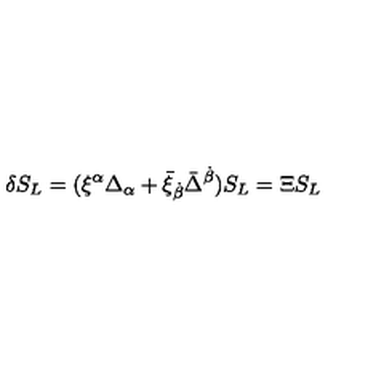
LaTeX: \delta S _ { L } = ( \xi ^ { \alpha } \Delta _ { \alpha } + \bar { \xi } _ { \dot { \beta } } \bar { \Delta } ^ { \dot { \beta } } ) S _ { L } = \Xi S _ { L }